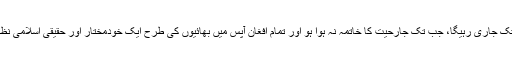
گذشتہ 19برسوں کی طرح ہمارا مقدس جہاد اس وقت تک جاری رہیگا، جب تک جارحیت کا خاتمہ نہ ہوا ہو اور تمام افغان آپس میں بھائیوں کی طرح ایک خودمختار اور حقیقی اسلامی نظام کے زیرسایہ امن اور صلح کی زندگی کا آغاز کریں۔